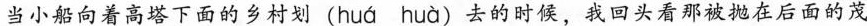
当小船向着高塔下面的乡村划(huá huà)去的时候，我回头看那被抛在后面的茂